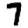
Digit: 7